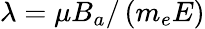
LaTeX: \lambda=\mu B_{a}/\left(m_{e}E\right)